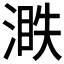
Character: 𣺐